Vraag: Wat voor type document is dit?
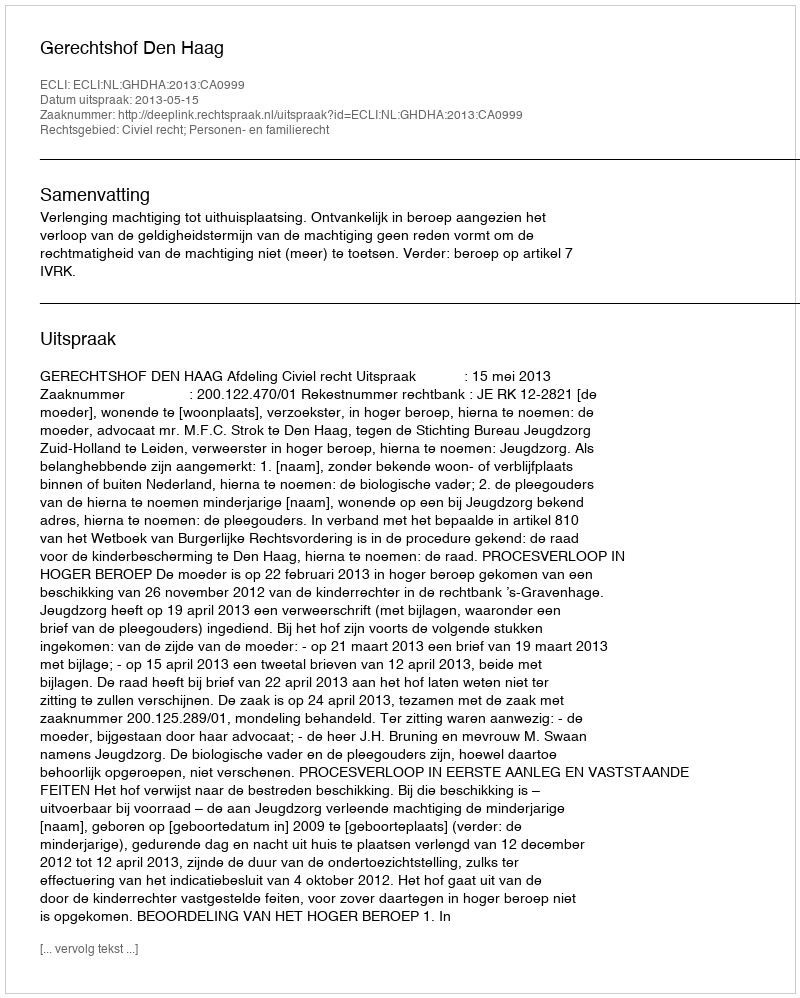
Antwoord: Uitspraak